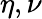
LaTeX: \eta,\nu